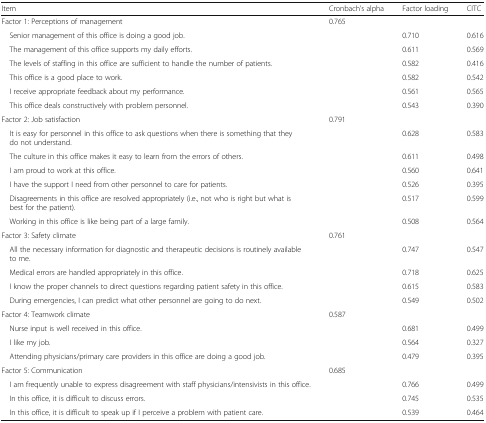
| Item | Cronbach’s alpha | Factor loading | CITC |
 | --- | --- | --- | --- |
 | Factor 1: Perceptions of management | 0.765 | <COLSPAN=2>  |
 | Senior management of this office is doing a good job. |  | 0.710 | 0.616 |
 | The management of this office supports my daily efforts. |  | 0.611 | 0.569 |
 | The levels of staffing in this office are sufficient to handle the number of patients. |  | 0.582 | 0.416 |
 | This office is a good place to work. |  | 0.582 | 0.542 |
 | I receive appropriate feedback about my performance. |  | 0.561 | 0.565 |
 | This office deals constructively with problem personnel. |  | 0.543 | 0.390 |
 | Factor 2: Job satisfaction | 0.791 | <COLSPAN=2>  |
 | It is easy for personnel in this office to ask questions when there is something that they do not understand. |  | 0.628 | 0.583 |
 | The culture in this office makes it easy to learn from the errors of others. |  | 0.611 | 0.498 |
 | I am proud to work at this office. |  | 0.560 | 0.641 |
 | I have the support I need from other personnel to care for patients. |  | 0.526 | 0.395 |
 | Disagreements in this office are resolved appropriately (i.e., not who is right but what is best for the patient). |  | 0.517 | 0.599 |
 | Working in this office is like being part of a large family. |  | 0.508 | 0.564 |
 | Factor 3: Safety climate | 0.761 | <COLSPAN=2>  |
 | All the necessary information for diagnostic and therapeutic decisions is routinely available to me. |  | 0.747 | 0.547 |
 | Medical errors are handled appropriately in this office. |  | 0.718 | 0.625 |
 | I know the proper channels to direct questions regarding patient safety in this office. |  | 0.615 | 0.583 |
 | During emergencies, I can predict what other personnel are going to do next. |  | 0.549 | 0.502 |
 | Factor 4: Teamwork climate | 0.587 | <COLSPAN=2>  |
 | Nurse input is well received in this office. |  | 0.681 | 0.499 |
 | I like my job. |  | 0.564 | 0.327 |
 | Attending physicians/primary care providers in this office are doing a good job. |  | 0.479 | 0.395 |
 | Factor 5: Communication | 0.685 | <COLSPAN=2>  |
 | I am frequently unable to express disagreement with staff physicians/intensivists in this office. |  | 0.766 | 0.499 |
 | In this office, it is difficult to discuss errors. |  | 0.745 | 0.535 |
 | In this office, it is difficult to speak up if I perceive a problem with patient care. |  | 0.539 | 0.464 |